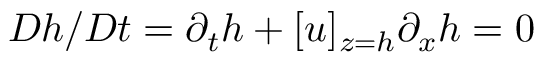
D h / D t = \partial _ { t } h + [ u ] _ { z = h } \partial _ { x } h = 0